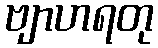
ဗျာဟရတု